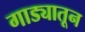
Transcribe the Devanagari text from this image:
गाड्यातून